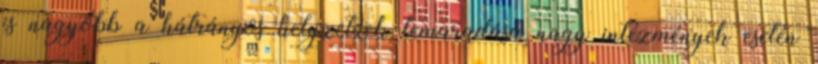
is nagyobb a hátrányos helyzetűek lemaradása nagy intézmények esetén